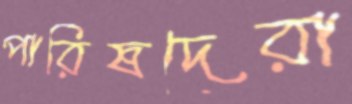
পারিষদেরা